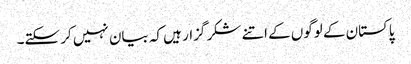
پاکستان کے لوگوں کے اتنے شکر گزار ہیں کہ بیان نہیں کر سکتے۔